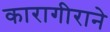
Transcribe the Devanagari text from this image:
कारागीराने